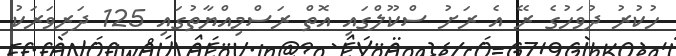
ހުކުރު ދުވަހުގެ ރޭ އެ ރަށު ސްކޫލްގައި އޮތް ރަސްމިއްޔާތުގައި 125 ދަރިވަރަކު